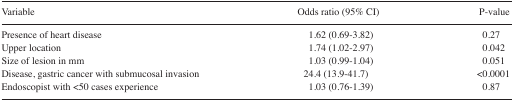
<table><thead><tr><td><b>Variable</b></td><td><b>Odds ratio (95% CI)</b></td><td><b>P-value</b></td></tr></thead><tbody><tr><td>Presence of heart disease</td><td>1.62 (0.69–3.82)</td><td>0.27</td></tr><tr><td>Upper location</td><td>1.74 (1.02–2.97)</td><td>0.042</td></tr><tr><td>Size of lesion in mm</td><td>1.03 (0.99–1.04)</td><td>0.051</td></tr><tr><td>Disease, gastric cancer with submucosal invasion</td><td>24.4 (13.9–41.7)</td><td>&lt;0.0001</td></tr><tr><td>Endoscopist with &lt;50 cases experience</td><td>1.03 (0.76–1.39)</td><td>0.87</td></tr></tbody></table>